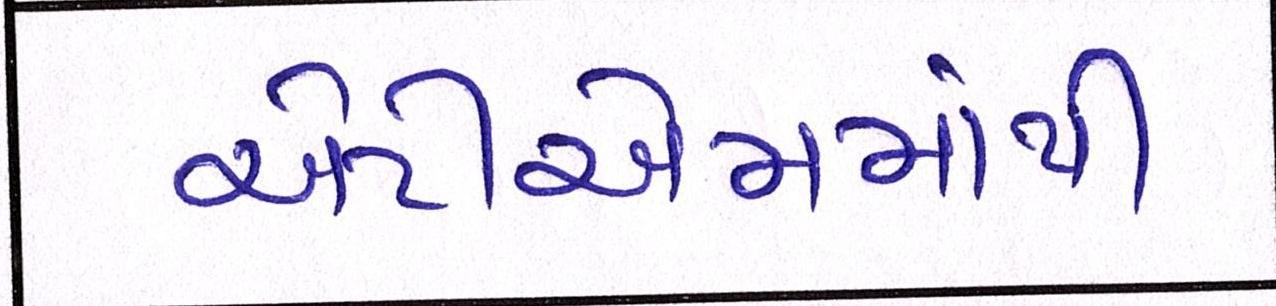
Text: એટીએમમાંથી